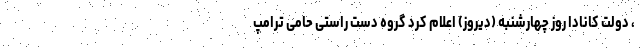
، دولت کانادا روز چهارشنبه (دیروز) اعلام کرد گروه دست راستی حامی ترامپ